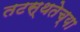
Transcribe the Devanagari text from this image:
तटस्थतेच्या